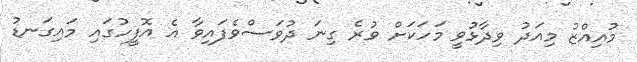
މުއިއްޒު މިއަދު ވިދާޅުވީ މަހަކަށް ވުރެ ގިނަ ދުވަސްވެފައިވާ އެ އޮފީހުގައި މައިގަނޑު